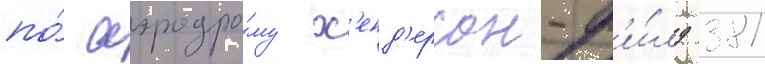
по́ аэродро́му х'енд'ерсон-ф'и́лд 381